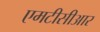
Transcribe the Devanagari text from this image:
एमटीसीआर